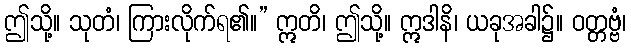
ဤသို့။ သုတံ၊ ကြားလိုက်ရ၏။” ဣတိ၊ ဤသို့။ ဣဒါနိ၊ ယခုအခါ၌။ ဝတ္တဗ္ဗံ၊